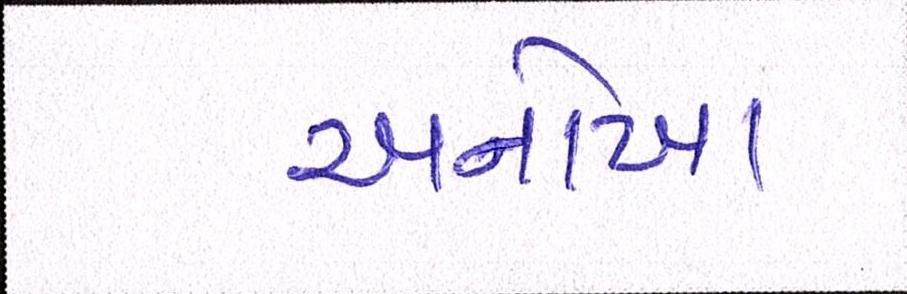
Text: અનોખા